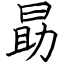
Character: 勗